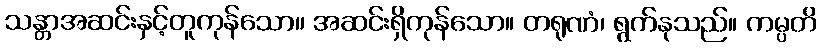
သန္တာအဆင်းနှင့်တူကုန်သော။ အဆင်းရှိကုန်သော။ တရုဏံ၊ ရွက်နုသည်။ ကမ္ပတိ